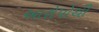
આરોપોથી